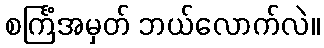
စင်္ကြံအမှတ် ဘယ်လောက်လဲ။